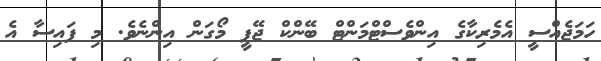
ހަމަޖެއްސީ އެެމެރިކާގެ އިންވެސްޓްމަންޓް ބޭންކް ޖޭޕީ މޯގަން އިންނެވެ. މި ފައިސާ އެ